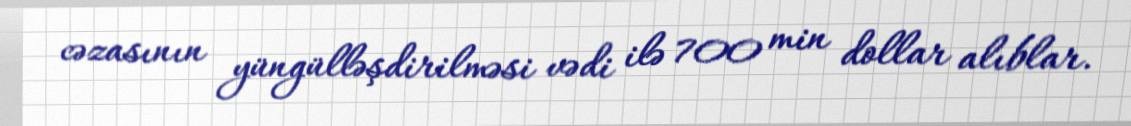
cəzasının yüngülləşdirilməsi vədi ilə 700 min dollar alıblar.